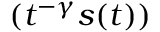
\frac { \d } { \d t } ( t ^ { - \gamma } s ( t ) )